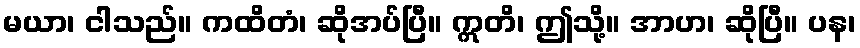
မယာ၊ ငါသည်။ ကထိတံ၊ ဆိုအပ်ပြီ။ ဣတိ၊ ဤသို့။ အာဟ၊ ဆိုပြီ။ ပန၊